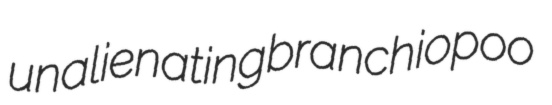
unalienating branchiopoo